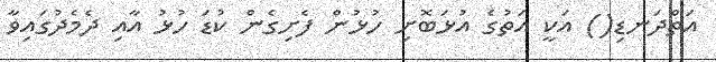
އަތްދަނޑި() އަކީ އަތުގެ އުޅަބޮށި ހުޅުން ފެށިގެން ކުޑަ ހުޅު އާއި ދެމެދުގައިވާ